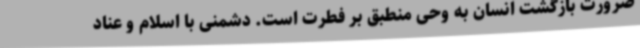
ضرورت بازگشت انسان به وحی منطبق بر فطرت است. دشمنی با اسلام و عناد